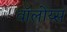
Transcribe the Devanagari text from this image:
वॉलोय्स